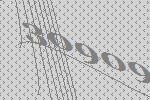
30909